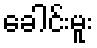
ခေါင်းမူး